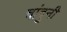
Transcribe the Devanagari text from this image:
चांदुनी